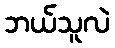
ဘယ်သူလဲ